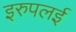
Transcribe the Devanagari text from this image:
इरुपलई